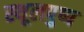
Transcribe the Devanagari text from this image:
स्थूलपुष्प